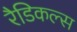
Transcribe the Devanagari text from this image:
रैडिकल्स